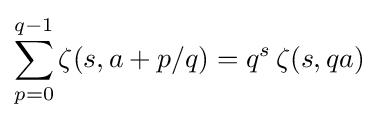
\sum _{p=0}^{q-1}\zeta (s,a+p/q)=q^{s}\,\zeta (s,qa)